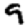
Digit: 9